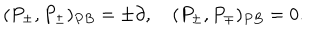
LaTeX: ( P _ { \pm } , P _ { \pm } ) _ { P B } = \pm \partial , \quad ( P _ { \pm } , P _ { \mp } ) _ { P B } = 0 .